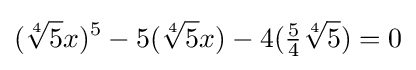
({\sqrt[{4}]{5}}x)^{5}-5({\sqrt[{4}]{5}}x)-4({\tfrac {5}{4}}{\sqrt[{4}]{5}})=0